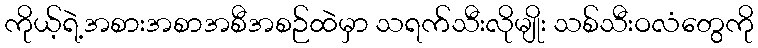
ကိုယ့်ရဲ့အစားအစာအစီအစဉ်ထဲမှာ သရက်သီးလိုမျိုး သစ်သီးဝလံတွေကို